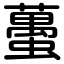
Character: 蠆